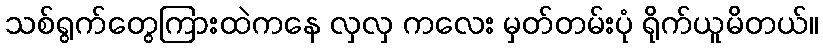
သစ်ရွက်တွေကြားထဲကနေ လှလှ ကလေး မှတ်တမ်းပုံ ရိုက်ယူမိတယ်။